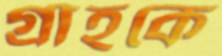
গ্রাহকে